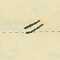
⸗